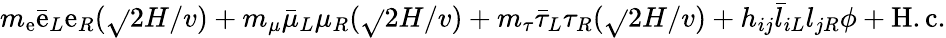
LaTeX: m_{\mathrm{e}}\bar{{\mathrm{e}}}_{L}\mathrm{e}_{R}(\sqrt{}{{2}}H/v)+m_{\mu}\bar{{\mu}}_{L}\mu_{R}(\sqrt{}{{2}}H/v)+m_{\tau}\bar{{\tau}}_{L}\tau_{R}(\sqrt{}{{2}}H/v)+h_{ij}\bar{{l}}_{iL}l_{jR}\phi+\mathrm{{H.c.}}